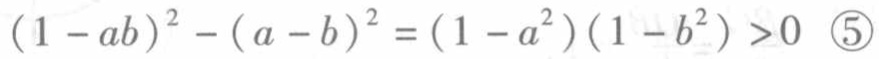
\((1 - ab)^{2} - (a - b)^{2} = (1 - a^{2})(1 - b^{2}) > 0\ \textcircled{5}\)